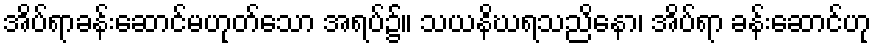
အိပ်ရာခန်းဆောင်မဟုတ်သော အရပ်၌။ သယနိဃရသညိနော၊ အိပ်ရာ ခန်းဆောင်ဟု